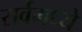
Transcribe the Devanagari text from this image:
सर्वमध्ये